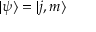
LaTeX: | \psi \rangle = | j , m \rangle